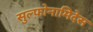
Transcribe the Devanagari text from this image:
सुल्फ़ोनामिदेस